King Institute of Preventive Medicine Bacteriolog. Section reports 1907-08
Year: 1907
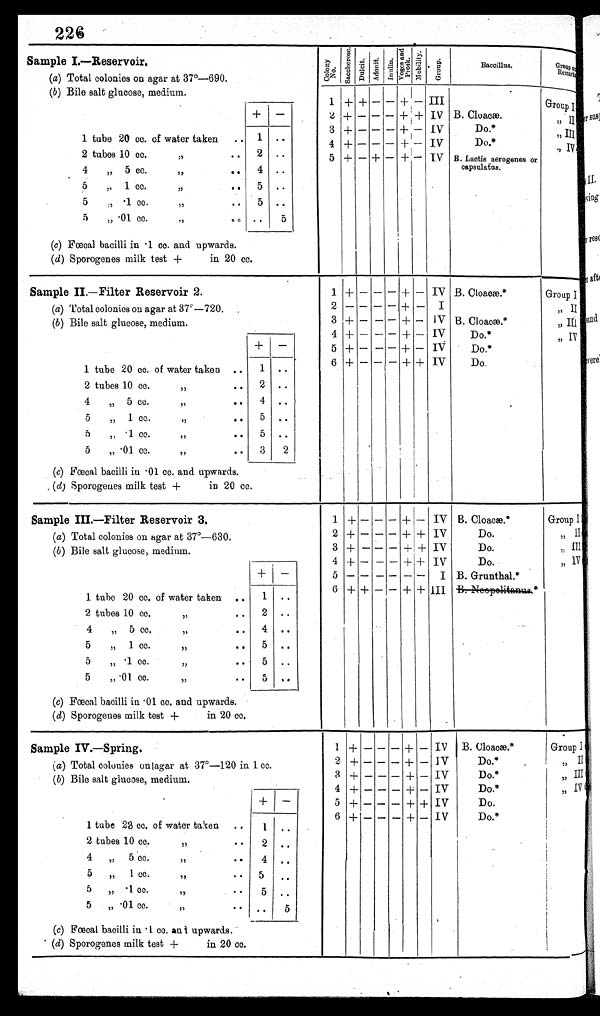
226
Sample I.—Reservoir
(a) Total colonies on agar at 37°-690.
(b) Bile salt glucose, medium.
1 tube 20 cc. of water taken
..
1
. .
2 tubes 10 cc.
„
..
2
..
4
, 5 cc.
,,
5
1 cc.
,, .
.
5
. .
5
.1 cc.
„
. .
5 . .
5
„ .01 CC.
,,
...
..
5
(c) Fœcal bacilli in .1 cc. and upwards.
(d) Sporogenes milk test +
in 20 cc.
C o l o n y N o .
S a c c h e r o s e .
D u l c i t . A d o n i t .
I n u l i n .
V o g e s a n d P r o s k .
M o b i l i t y .
G r o u p .
B a c i l l u s .
G r o u p a n d R e m a k s .
III
IV
IV
IV
IV
+
—
—
—
—
—
—
—
+
+
+
+
+
B. Cloaca
Do.*
Do.*
B. Lactis aerogenes or
capsulatus.
1
2
3
4
5
+
+
+
+
+
—
+
—
—
—
Group I
,, II
„ III
,, IV
—
—
—
—
—
Sample IL—Filter Reservoir 2.
(a) Total colonies on agar at 37°-720.
(b) Bile salt glucose, medium.
+
—
1 tube 20 cc. of water taken
. .
1 . .
2 tubes 10 cc.
,, ..
2 . .
45 cc.
, , , ,
5
„
1 cc.
,,
..
5 . .
5' l cc.
. .
5 . .
,,
,,
5
„ .01 cc.
,, ..
3
2
(c) Fœcal bacilli in -01 cc. and upwards.
, (d) Sporogenes milk test +
in 20 cc.
1
2
3
4
5
6
+
—
+
+
+
+
—
—
—
—
—
—
—
—
—
—
—
—
—
—
—
—
-
+
+
+
+
+
+
—
—
—
—
—
+
IV
I
IV
IV
IV
IV
B. Cloacæ.*
B. Cloacae.*
Do.*
Do.*
Do.
Group I
,, II
,, III
,, iv
Sample III.—Filter Reservoir 3.
(a) Total colonies on agar at 37°-630.
(b) Bile salt glucose, medium.
+ —
1 tube 20 cc. of water taken
. .
1
. .
2 tubes 10 cc.
„
..
2 ..
4
„ 5 cc.
5 3
.
.
. 4 0 .
5
„
1 cc.
„
. .
5 . .
5
„ .1 cc.
,,
. .
5 . .
5
„ .01 cc.
,,
. .
5 . .
(c) Fœcal bacilli in .01 cc. and upwards.
(d) Sporogenes milk test +
in 20 cc.
1
2
3
4
6
5
+
+
+
+
+
—
—
—
—
+
—
—
—
—
—
—
—
—
—
—
+—
+
+
+
-I-
+
i +
+
+
IV
IV
IV
IV
I
III
B. Cloacae .'
Do.
Do
Do.
B. Grunthal.*
Group I
„ II
, ,
, ,
„
IV
Sample IV.—Spring.
(a) Total colonies on agar at 37°-120 in 1 cc.
(b) Bile salt glucose, medium.
+ —
1 tube 23 cc. of water taken
..
1
. .
2 tubes 10 cc.
,, .
. 2 . .
4
„ 5 cc.
,,
. .
4 . .
5
„
lee.
5)
. .
5
. .
5
„ . 1 cc.
,,
. .
5 . .
5
„ .01 cc .
,,
a .
.
5
(c)
Fœcal
bacilli in .1 cc.
a n d
upwards.
(d) Sporogenes milk test +
in 20 cc.
0 1
2
3
4
5
6
+
+
+
+
+
—
—
—
—
—
-
—
—
—
—
—
-
—
—
—
—
—
-
+
+
+
+
++
+—
—
—
—
—
IV
IV
IV
IV
IV
IV
B. Cloacæ.*
Do.*
Do.*
Do.*
Do.
Do.*
Group I
,, II
„III
„
IV